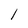
Character: 1